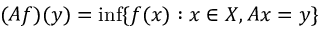
( A f ) ( y ) = \operatorname* { i n f } \{ f ( x ) : x \in X , A x = y \}